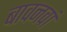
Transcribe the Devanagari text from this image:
बावनवां